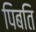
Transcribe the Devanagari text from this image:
पिबति